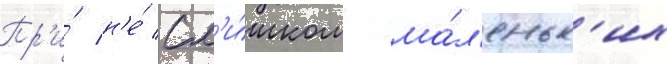
Пр'и́ н'е́ сл'и́шком ма́л'еньк'их